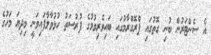
އެ ސެންޓަރުން ބުނި ގޮތުގައި ޕްރޮގްރާމުގައި ބައިވެރިވުމުގެ ފުރުސަތު ހުޅުވާލާފައިވަނީ މިދިޔަ މަހުގެ